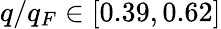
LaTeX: q/q_{F}\in[0.39,0.62]